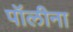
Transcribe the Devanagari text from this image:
पॉलीना